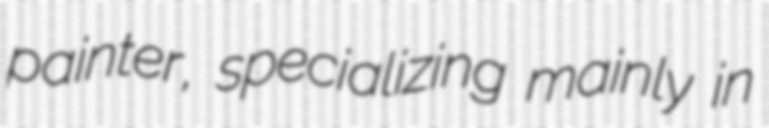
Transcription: painter, specializing mainly in